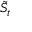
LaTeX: { \tilde { S } } _ { t }